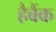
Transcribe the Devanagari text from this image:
हैबैंक